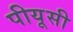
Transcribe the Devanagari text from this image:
पीयूसी